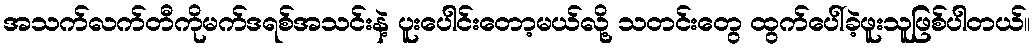
အသက်လက်တီကိုမက်ဒရစ်အသင်းနဲ့ ပူးပေါင်းတော့မယ်လို့ သတင်းတွေ ထွက်ပေါ်ခဲ့ဖူးသူဖြစ်ပါတယ်။